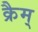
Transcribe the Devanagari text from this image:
क्रैम्